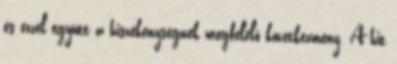
és ezzel együtt a hiszékenységnek megfelelő következmény. A hit